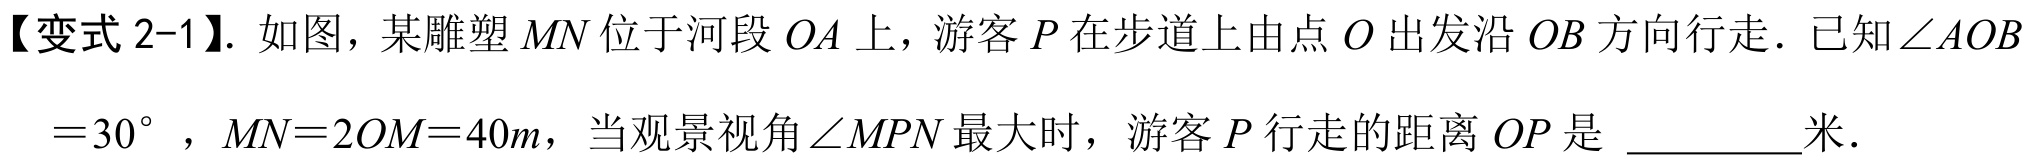
【变式 2-1】. 如图，某雕塑 \(MN\) 位于河段 \(OA\) 上，游客 \(P\) 在步道上由点 \(O\) 出发沿 \(OB\) 方向行走．已知 \(\angle AOB = 30^{\circ}\)，\(MN = 2OM = 40m\)，当观景视角 \(\angle MPN\) 最大时，游客 \(P\) 行走的距离 \(OP\) 是 \_\_\_\_\_米．